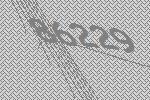
86229